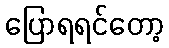
ပြောရရင်တော့